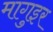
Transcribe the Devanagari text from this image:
मागुइर